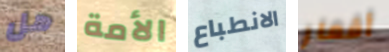
هل الأمة الانطباع أقمار